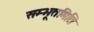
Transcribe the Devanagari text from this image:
सम्भूतमिति